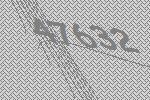
47632